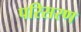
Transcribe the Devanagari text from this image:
परिसरण